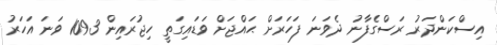
އިސްކަންދަރު ރަސްގެފާނު ދެވަނަ ފަހަރަށް ޙައްޖަށް ވަޑައިގަތީ ހިޖުރައިން 1093 ވަނަ އަހަރު